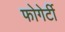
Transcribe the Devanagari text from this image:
फोगेर्टी